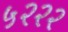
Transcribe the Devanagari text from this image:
५२२२